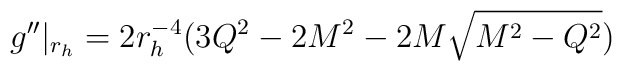
g''|_{r_h}=2r^{-4}_h(3Q^2-2M^2-2M \sqrt{M^2-Q^2})